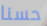
حسنا